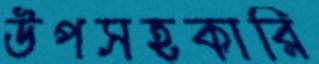
উপসহকারি